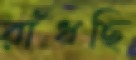
রাঁধছি